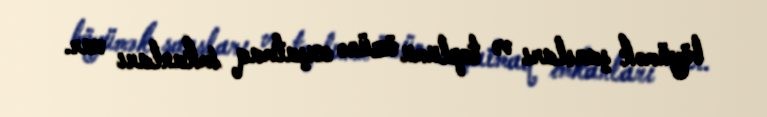
böyümək şansları və toplumu özünə oxşatmaq imkanları var.